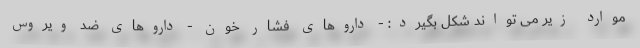
موارد زیر می تواند شکل بگیرد: - داروهای فشار خون - داروهای ضد ویروس